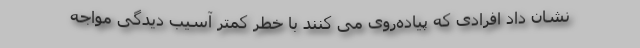
نشان داد افرادی که پیاده‌روی می کنند با خطر کمتر آسیب دیدگی مواجه